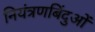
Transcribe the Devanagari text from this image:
नियंत्रणबिंदुओं